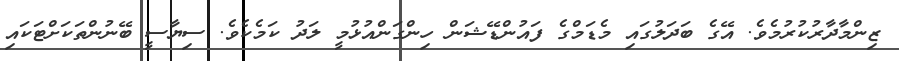
ޒިންމާދާރުކުރުމެވެ. އޭގެ ބަދަލުގައި މެޑަމްގެ ފައުންޑޭޝަން ހިންގަންއުޅުމީ ލަދު ކަމެކެވެ. ސިޔާސީ ބޭނުންތަކަށްޓަކައި